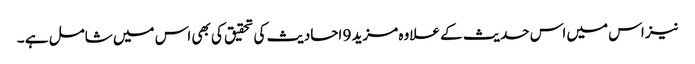
نیز اس میں اس حدیث کے علاوہ مزید 9 احادیث کی تحقیق کی بھی اس میں شامل ہے ۔